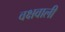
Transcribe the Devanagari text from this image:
वक्षवाली